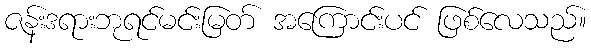
ဇန်းဒရားဘုရင်မင်းမြတ် အကြောင်းပင် ဖြစ်လေသည်။